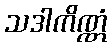
သဒါကိဏ္ဏံ